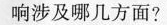
响涉及哪几方面?